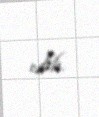
edib.